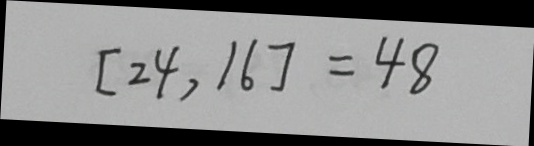
[ 2 4 , 1 6 ] = 4 8